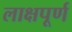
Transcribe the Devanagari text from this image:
लाक्षपूर्ण